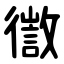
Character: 徾